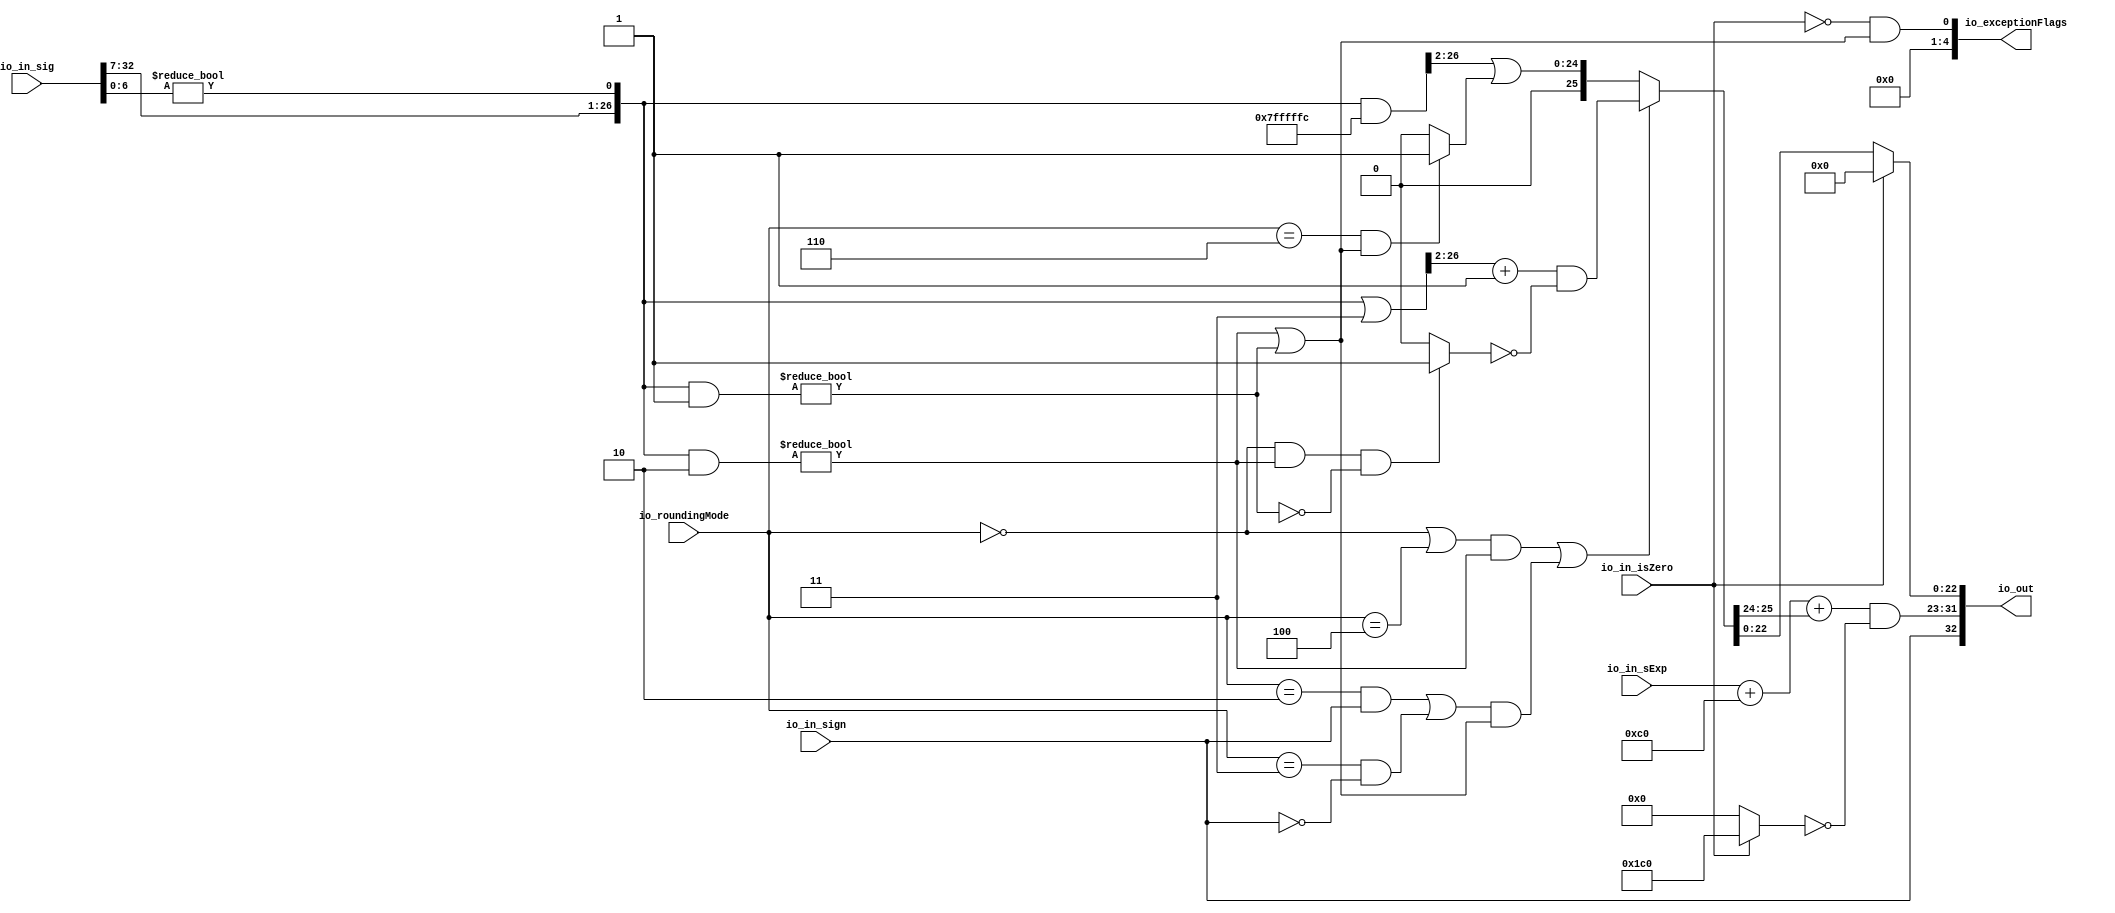
module RoundAnyRawFNToRecFN_1( // @[:freechips.rocketchip.system.DefaultRV32Config.fir@173374.2]
  input         io_in_isZero, // @[:freechips.rocketchip.system.DefaultRV32Config.fir@173375.4]
  input         io_in_sign, // @[:freechips.rocketchip.system.DefaultRV32Config.fir@173375.4]
  input  [7:0]  io_in_sExp, // @[:freechips.rocketchip.system.DefaultRV32Config.fir@173375.4]
  input  [32:0] io_in_sig, // @[:freechips.rocketchip.system.DefaultRV32Config.fir@173375.4]
  input  [2:0]  io_roundingMode, // @[:freechips.rocketchip.system.DefaultRV32Config.fir@173375.4]
  output [32:0] io_out, // @[:freechips.rocketchip.system.DefaultRV32Config.fir@173375.4]
  output [4:0]  io_exceptionFlags // @[:freechips.rocketchip.system.DefaultRV32Config.fir@173375.4]
);
  wire  roundingMode_near_even; // @[RoundAnyRawFNToRecFN.scala 88:53:freechips.rocketchip.system.DefaultRV32Config.fir@173378.4]
  wire  roundingMode_min; // @[RoundAnyRawFNToRecFN.scala 90:53:freechips.rocketchip.system.DefaultRV32Config.fir@173380.4]
  wire  roundingMode_max; // @[RoundAnyRawFNToRecFN.scala 91:53:freechips.rocketchip.system.DefaultRV32Config.fir@173381.4]
  wire  roundingMode_near_maxMag; // @[RoundAnyRawFNToRecFN.scala 92:53:freechips.rocketchip.system.DefaultRV32Config.fir@173382.4]
  wire  roundingMode_odd; // @[RoundAnyRawFNToRecFN.scala 93:53:freechips.rocketchip.system.DefaultRV32Config.fir@173383.4]
  wire  _T; // @[RoundAnyRawFNToRecFN.scala 96:27:freechips.rocketchip.system.DefaultRV32Config.fir@173384.4]
  wire  _T_1; // @[RoundAnyRawFNToRecFN.scala 96:66:freechips.rocketchip.system.DefaultRV32Config.fir@173385.4]
  wire  _T_2; // @[RoundAnyRawFNToRecFN.scala 96:63:freechips.rocketchip.system.DefaultRV32Config.fir@173386.4]
  wire  roundMagUp; // @[RoundAnyRawFNToRecFN.scala 96:42:freechips.rocketchip.system.DefaultRV32Config.fir@173387.4]
  wire [8:0] _GEN_0; // @[RoundAnyRawFNToRecFN.scala 102:25:freechips.rocketchip.system.DefaultRV32Config.fir@173388.4]
  wire [9:0] _T_3; // @[RoundAnyRawFNToRecFN.scala 102:25:freechips.rocketchip.system.DefaultRV32Config.fir@173388.4]
  wire [8:0] _T_4; // @[RoundAnyRawFNToRecFN.scala 104:14:freechips.rocketchip.system.DefaultRV32Config.fir@173389.4]
  wire [9:0] sAdjustedExp; // @[RoundAnyRawFNToRecFN.scala 104:31:freechips.rocketchip.system.DefaultRV32Config.fir@173390.4]
  wire [25:0] _T_5; // @[RoundAnyRawFNToRecFN.scala 115:26:freechips.rocketchip.system.DefaultRV32Config.fir@173391.4]
  wire [6:0] _T_6; // @[RoundAnyRawFNToRecFN.scala 116:26:freechips.rocketchip.system.DefaultRV32Config.fir@173392.4]
  wire  _T_7; // @[RoundAnyRawFNToRecFN.scala 116:60:freechips.rocketchip.system.DefaultRV32Config.fir@173393.4]
  wire [26:0] adjustedSig; // @[Cat.scala 29:58:freechips.rocketchip.system.DefaultRV32Config.fir@173394.4]
  wire [26:0] _T_11; // @[RoundAnyRawFNToRecFN.scala 173:40:freechips.rocketchip.system.DefaultRV32Config.fir@173413.4]
  wire  roundPosBit; // @[RoundAnyRawFNToRecFN.scala 173:56:freechips.rocketchip.system.DefaultRV32Config.fir@173414.4]
  wire [26:0] _T_12; // @[RoundAnyRawFNToRecFN.scala 175:42:freechips.rocketchip.system.DefaultRV32Config.fir@173415.4]
  wire  anyRoundExtra; // @[RoundAnyRawFNToRecFN.scala 175:62:freechips.rocketchip.system.DefaultRV32Config.fir@173416.4]
  wire  anyRound; // @[RoundAnyRawFNToRecFN.scala 177:36:freechips.rocketchip.system.DefaultRV32Config.fir@173417.4]
  wire  _T_13; // @[RoundAnyRawFNToRecFN.scala 181:38:freechips.rocketchip.system.DefaultRV32Config.fir@173418.4]
  wire  _T_14; // @[RoundAnyRawFNToRecFN.scala 181:67:freechips.rocketchip.system.DefaultRV32Config.fir@173419.4]
  wire  _T_15; // @[RoundAnyRawFNToRecFN.scala 183:29:freechips.rocketchip.system.DefaultRV32Config.fir@173420.4]
  wire  roundIncr; // @[RoundAnyRawFNToRecFN.scala 182:31:freechips.rocketchip.system.DefaultRV32Config.fir@173421.4]
  wire [26:0] _T_16; // @[RoundAnyRawFNToRecFN.scala 187:32:freechips.rocketchip.system.DefaultRV32Config.fir@173422.4]
  wire [24:0] _T_17; // @[RoundAnyRawFNToRecFN.scala 187:44:freechips.rocketchip.system.DefaultRV32Config.fir@173423.4]
  wire [25:0] _T_18; // @[RoundAnyRawFNToRecFN.scala 187:49:freechips.rocketchip.system.DefaultRV32Config.fir@173424.4]
  wire  _T_19; // @[RoundAnyRawFNToRecFN.scala 188:49:freechips.rocketchip.system.DefaultRV32Config.fir@173425.4]
  wire  _T_20; // @[RoundAnyRawFNToRecFN.scala 189:30:freechips.rocketchip.system.DefaultRV32Config.fir@173426.4]
  wire  _T_21; // @[RoundAnyRawFNToRecFN.scala 188:64:freechips.rocketchip.system.DefaultRV32Config.fir@173427.4]
  wire [25:0] _T_23; // @[RoundAnyRawFNToRecFN.scala 188:25:freechips.rocketchip.system.DefaultRV32Config.fir@173429.4]
  wire [25:0] _T_24; // @[RoundAnyRawFNToRecFN.scala 188:21:freechips.rocketchip.system.DefaultRV32Config.fir@173430.4]
  wire [25:0] _T_25; // @[RoundAnyRawFNToRecFN.scala 187:61:freechips.rocketchip.system.DefaultRV32Config.fir@173431.4]
  wire [26:0] _T_27; // @[RoundAnyRawFNToRecFN.scala 193:30:freechips.rocketchip.system.DefaultRV32Config.fir@173433.4]
  wire [24:0] _T_28; // @[RoundAnyRawFNToRecFN.scala 193:43:freechips.rocketchip.system.DefaultRV32Config.fir@173434.4]
  wire  _T_29; // @[RoundAnyRawFNToRecFN.scala 194:42:freechips.rocketchip.system.DefaultRV32Config.fir@173435.4]
  wire [25:0] _T_31; // @[RoundAnyRawFNToRecFN.scala 194:24:freechips.rocketchip.system.DefaultRV32Config.fir@173437.4]
  wire [25:0] _GEN_1; // @[RoundAnyRawFNToRecFN.scala 193:47:freechips.rocketchip.system.DefaultRV32Config.fir@173438.4]
  wire [25:0] _T_32; // @[RoundAnyRawFNToRecFN.scala 193:47:freechips.rocketchip.system.DefaultRV32Config.fir@173438.4]
  wire [25:0] roundedSig; // @[RoundAnyRawFNToRecFN.scala 186:16:freechips.rocketchip.system.DefaultRV32Config.fir@173439.4]
  wire [1:0] _T_33; // @[RoundAnyRawFNToRecFN.scala 199:54:freechips.rocketchip.system.DefaultRV32Config.fir@173440.4]
  wire [2:0] _T_34; // @[RoundAnyRawFNToRecFN.scala 199:69:freechips.rocketchip.system.DefaultRV32Config.fir@173441.4]
  wire [9:0] _GEN_2; // @[RoundAnyRawFNToRecFN.scala 199:40:freechips.rocketchip.system.DefaultRV32Config.fir@173442.4]
  wire [10:0] sRoundedExp; // @[RoundAnyRawFNToRecFN.scala 199:40:freechips.rocketchip.system.DefaultRV32Config.fir@173442.4]
  wire [8:0] common_expOut; // @[RoundAnyRawFNToRecFN.scala 202:37:freechips.rocketchip.system.DefaultRV32Config.fir@173443.4]
  wire [22:0] common_fractOut; // @[RoundAnyRawFNToRecFN.scala 206:27:freechips.rocketchip.system.DefaultRV32Config.fir@173446.4]
  wire  commonCase; // @[RoundAnyRawFNToRecFN.scala 256:64:freechips.rocketchip.system.DefaultRV32Config.fir@173474.4]
  wire  inexact; // @[RoundAnyRawFNToRecFN.scala 259:43:freechips.rocketchip.system.DefaultRV32Config.fir@173478.4]
  wire [8:0] _T_62; // @[RoundAnyRawFNToRecFN.scala 272:18:freechips.rocketchip.system.DefaultRV32Config.fir@173491.4]
  wire [8:0] _T_63; // @[RoundAnyRawFNToRecFN.scala 272:14:freechips.rocketchip.system.DefaultRV32Config.fir@173492.4]
  wire [8:0] expOut; // @[RoundAnyRawFNToRecFN.scala 271:24:freechips.rocketchip.system.DefaultRV32Config.fir@173493.4]
  wire [22:0] fractOut; // @[RoundAnyRawFNToRecFN.scala 299:12:freechips.rocketchip.system.DefaultRV32Config.fir@173515.4]
  wire [9:0] _T_88; // @[Cat.scala 29:58:freechips.rocketchip.system.DefaultRV32Config.fir@173519.4]
  wire [1:0] _T_90; // @[Cat.scala 29:58:freechips.rocketchip.system.DefaultRV32Config.fir@173522.4]
  assign roundingMode_near_even = io_roundingMode == 3'h0; // @[RoundAnyRawFNToRecFN.scala 88:53:freechips.rocketchip.system.DefaultRV32Config.fir@173378.4]
  assign roundingMode_min = io_roundingMode == 3'h2; // @[RoundAnyRawFNToRecFN.scala 90:53:freechips.rocketchip.system.DefaultRV32Config.fir@173380.4]
  assign roundingMode_max = io_roundingMode == 3'h3; // @[RoundAnyRawFNToRecFN.scala 91:53:freechips.rocketchip.system.DefaultRV32Config.fir@173381.4]
  assign roundingMode_near_maxMag = io_roundingMode == 3'h4; // @[RoundAnyRawFNToRecFN.scala 92:53:freechips.rocketchip.system.DefaultRV32Config.fir@173382.4]
  assign roundingMode_odd = io_roundingMode == 3'h6; // @[RoundAnyRawFNToRecFN.scala 93:53:freechips.rocketchip.system.DefaultRV32Config.fir@173383.4]
  assign _T = roundingMode_min & io_in_sign; // @[RoundAnyRawFNToRecFN.scala 96:27:freechips.rocketchip.system.DefaultRV32Config.fir@173384.4]
  assign _T_1 = io_in_sign == 1'h0; // @[RoundAnyRawFNToRecFN.scala 96:66:freechips.rocketchip.system.DefaultRV32Config.fir@173385.4]
  assign _T_2 = roundingMode_max & _T_1; // @[RoundAnyRawFNToRecFN.scala 96:63:freechips.rocketchip.system.DefaultRV32Config.fir@173386.4]
  assign roundMagUp = _T | _T_2; // @[RoundAnyRawFNToRecFN.scala 96:42:freechips.rocketchip.system.DefaultRV32Config.fir@173387.4]
  assign _GEN_0 = {{1{io_in_sExp[7]}},io_in_sExp}; // @[RoundAnyRawFNToRecFN.scala 102:25:freechips.rocketchip.system.DefaultRV32Config.fir@173388.4]
  assign _T_3 = $signed(_GEN_0) + $signed(9'shc0); // @[RoundAnyRawFNToRecFN.scala 102:25:freechips.rocketchip.system.DefaultRV32Config.fir@173388.4]
  assign _T_4 = _T_3[8:0]; // @[RoundAnyRawFNToRecFN.scala 104:14:freechips.rocketchip.system.DefaultRV32Config.fir@173389.4]
  assign sAdjustedExp = {1'b0,$signed(_T_4)}; // @[RoundAnyRawFNToRecFN.scala 104:31:freechips.rocketchip.system.DefaultRV32Config.fir@173390.4]
  assign _T_5 = io_in_sig[32:7]; // @[RoundAnyRawFNToRecFN.scala 115:26:freechips.rocketchip.system.DefaultRV32Config.fir@173391.4]
  assign _T_6 = io_in_sig[6:0]; // @[RoundAnyRawFNToRecFN.scala 116:26:freechips.rocketchip.system.DefaultRV32Config.fir@173392.4]
  assign _T_7 = _T_6 != 7'h0; // @[RoundAnyRawFNToRecFN.scala 116:60:freechips.rocketchip.system.DefaultRV32Config.fir@173393.4]
  assign adjustedSig = {_T_5,_T_7}; // @[Cat.scala 29:58:freechips.rocketchip.system.DefaultRV32Config.fir@173394.4]
  assign _T_11 = adjustedSig & 27'h2; // @[RoundAnyRawFNToRecFN.scala 173:40:freechips.rocketchip.system.DefaultRV32Config.fir@173413.4]
  assign roundPosBit = _T_11 != 27'h0; // @[RoundAnyRawFNToRecFN.scala 173:56:freechips.rocketchip.system.DefaultRV32Config.fir@173414.4]
  assign _T_12 = adjustedSig & 27'h1; // @[RoundAnyRawFNToRecFN.scala 175:42:freechips.rocketchip.system.DefaultRV32Config.fir@173415.4]
  assign anyRoundExtra = _T_12 != 27'h0; // @[RoundAnyRawFNToRecFN.scala 175:62:freechips.rocketchip.system.DefaultRV32Config.fir@173416.4]
  assign anyRound = roundPosBit | anyRoundExtra; // @[RoundAnyRawFNToRecFN.scala 177:36:freechips.rocketchip.system.DefaultRV32Config.fir@173417.4]
  assign _T_13 = roundingMode_near_even | roundingMode_near_maxMag; // @[RoundAnyRawFNToRecFN.scala 181:38:freechips.rocketchip.system.DefaultRV32Config.fir@173418.4]
  assign _T_14 = _T_13 & roundPosBit; // @[RoundAnyRawFNToRecFN.scala 181:67:freechips.rocketchip.system.DefaultRV32Config.fir@173419.4]
  assign _T_15 = roundMagUp & anyRound; // @[RoundAnyRawFNToRecFN.scala 183:29:freechips.rocketchip.system.DefaultRV32Config.fir@173420.4]
  assign roundIncr = _T_14 | _T_15; // @[RoundAnyRawFNToRecFN.scala 182:31:freechips.rocketchip.system.DefaultRV32Config.fir@173421.4]
  assign _T_16 = adjustedSig | 27'h3; // @[RoundAnyRawFNToRecFN.scala 187:32:freechips.rocketchip.system.DefaultRV32Config.fir@173422.4]
  assign _T_17 = _T_16[26:2]; // @[RoundAnyRawFNToRecFN.scala 187:44:freechips.rocketchip.system.DefaultRV32Config.fir@173423.4]
  assign _T_18 = _T_17 + 25'h1; // @[RoundAnyRawFNToRecFN.scala 187:49:freechips.rocketchip.system.DefaultRV32Config.fir@173424.4]
  assign _T_19 = roundingMode_near_even & roundPosBit; // @[RoundAnyRawFNToRecFN.scala 188:49:freechips.rocketchip.system.DefaultRV32Config.fir@173425.4]
  assign _T_20 = anyRoundExtra == 1'h0; // @[RoundAnyRawFNToRecFN.scala 189:30:freechips.rocketchip.system.DefaultRV32Config.fir@173426.4]
  assign _T_21 = _T_19 & _T_20; // @[RoundAnyRawFNToRecFN.scala 188:64:freechips.rocketchip.system.DefaultRV32Config.fir@173427.4]
  assign _T_23 = _T_21 ? 26'h1 : 26'h0; // @[RoundAnyRawFNToRecFN.scala 188:25:freechips.rocketchip.system.DefaultRV32Config.fir@173429.4]
  assign _T_24 = ~ _T_23; // @[RoundAnyRawFNToRecFN.scala 188:21:freechips.rocketchip.system.DefaultRV32Config.fir@173430.4]
  assign _T_25 = _T_18 & _T_24; // @[RoundAnyRawFNToRecFN.scala 187:61:freechips.rocketchip.system.DefaultRV32Config.fir@173431.4]
  assign _T_27 = adjustedSig & 27'h7fffffc; // @[RoundAnyRawFNToRecFN.scala 193:30:freechips.rocketchip.system.DefaultRV32Config.fir@173433.4]
  assign _T_28 = _T_27[26:2]; // @[RoundAnyRawFNToRecFN.scala 193:43:freechips.rocketchip.system.DefaultRV32Config.fir@173434.4]
  assign _T_29 = roundingMode_odd & anyRound; // @[RoundAnyRawFNToRecFN.scala 194:42:freechips.rocketchip.system.DefaultRV32Config.fir@173435.4]
  assign _T_31 = _T_29 ? 26'h1 : 26'h0; // @[RoundAnyRawFNToRecFN.scala 194:24:freechips.rocketchip.system.DefaultRV32Config.fir@173437.4]
  assign _GEN_1 = {{1'd0}, _T_28}; // @[RoundAnyRawFNToRecFN.scala 193:47:freechips.rocketchip.system.DefaultRV32Config.fir@173438.4]
  assign _T_32 = _GEN_1 | _T_31; // @[RoundAnyRawFNToRecFN.scala 193:47:freechips.rocketchip.system.DefaultRV32Config.fir@173438.4]
  assign roundedSig = roundIncr ? _T_25 : _T_32; // @[RoundAnyRawFNToRecFN.scala 186:16:freechips.rocketchip.system.DefaultRV32Config.fir@173439.4]
  assign _T_33 = roundedSig[25:24]; // @[RoundAnyRawFNToRecFN.scala 199:54:freechips.rocketchip.system.DefaultRV32Config.fir@173440.4]
  assign _T_34 = {1'b0,$signed(_T_33)}; // @[RoundAnyRawFNToRecFN.scala 199:69:freechips.rocketchip.system.DefaultRV32Config.fir@173441.4]
  assign _GEN_2 = {{7{_T_34[2]}},_T_34}; // @[RoundAnyRawFNToRecFN.scala 199:40:freechips.rocketchip.system.DefaultRV32Config.fir@173442.4]
  assign sRoundedExp = $signed(sAdjustedExp) + $signed(_GEN_2); // @[RoundAnyRawFNToRecFN.scala 199:40:freechips.rocketchip.system.DefaultRV32Config.fir@173442.4]
  assign common_expOut = sRoundedExp[8:0]; // @[RoundAnyRawFNToRecFN.scala 202:37:freechips.rocketchip.system.DefaultRV32Config.fir@173443.4]
  assign common_fractOut = roundedSig[22:0]; // @[RoundAnyRawFNToRecFN.scala 206:27:freechips.rocketchip.system.DefaultRV32Config.fir@173446.4]
  assign commonCase = io_in_isZero == 1'h0; // @[RoundAnyRawFNToRecFN.scala 256:64:freechips.rocketchip.system.DefaultRV32Config.fir@173474.4]
  assign inexact = commonCase & anyRound; // @[RoundAnyRawFNToRecFN.scala 259:43:freechips.rocketchip.system.DefaultRV32Config.fir@173478.4]
  assign _T_62 = io_in_isZero ? 9'h1c0 : 9'h0; // @[RoundAnyRawFNToRecFN.scala 272:18:freechips.rocketchip.system.DefaultRV32Config.fir@173491.4]
  assign _T_63 = ~ _T_62; // @[RoundAnyRawFNToRecFN.scala 272:14:freechips.rocketchip.system.DefaultRV32Config.fir@173492.4]
  assign expOut = common_expOut & _T_63; // @[RoundAnyRawFNToRecFN.scala 271:24:freechips.rocketchip.system.DefaultRV32Config.fir@173493.4]
  assign fractOut = io_in_isZero ? 23'h0 : common_fractOut; // @[RoundAnyRawFNToRecFN.scala 299:12:freechips.rocketchip.system.DefaultRV32Config.fir@173515.4]
  assign _T_88 = {io_in_sign,expOut}; // @[Cat.scala 29:58:freechips.rocketchip.system.DefaultRV32Config.fir@173519.4]
  assign _T_90 = {1'h0,inexact}; // @[Cat.scala 29:58:freechips.rocketchip.system.DefaultRV32Config.fir@173522.4]
  assign io_out = {_T_88,fractOut}; // @[RoundAnyRawFNToRecFN.scala 305:12:freechips.rocketchip.system.DefaultRV32Config.fir@173521.4]
  assign io_exceptionFlags = {3'h0,_T_90}; // @[RoundAnyRawFNToRecFN.scala 306:23:freechips.rocketchip.system.DefaultRV32Config.fir@173526.4]
endmodule